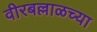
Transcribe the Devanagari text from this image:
वीरबल्लाळच्या